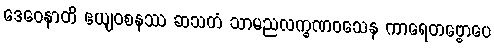
ဒေဝေနာတိ ဧယျဝစနဿ ဆသတံ သာမညလက္ခဏဝသေန ကာရေတဗ္ဗောပေ